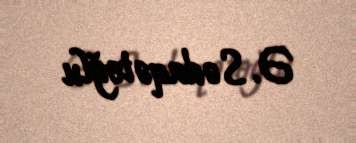
Ə. Sədaqətoğlu